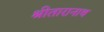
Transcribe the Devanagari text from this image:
श्रीतारानाथ